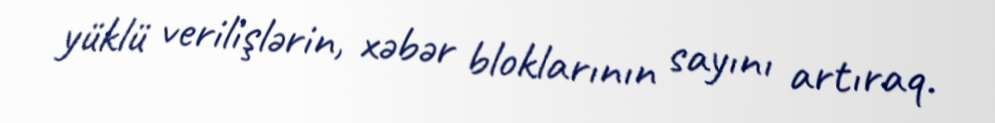
yüklü verilişlərin, xəbər bloklarının sayını artıraq.